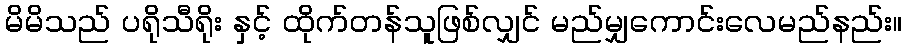
မိမိသည် ပရိုသီရိုး နှင့် ထိုက်တန်သူဖြစ်လျှင် မည်မျှကောင်းလေမည်နည်း။